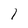
Character: 1